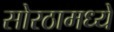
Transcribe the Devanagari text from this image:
सोरठामध्ये